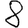
Digit: 8